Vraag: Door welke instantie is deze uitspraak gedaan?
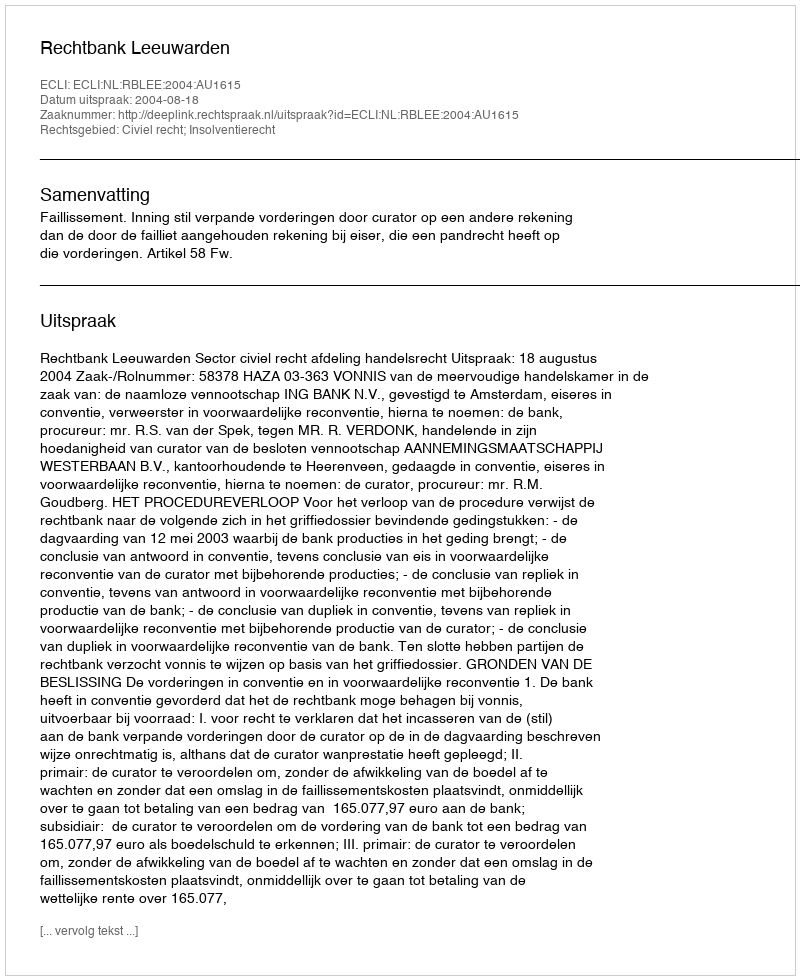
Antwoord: Rechtbank Leeuwarden